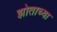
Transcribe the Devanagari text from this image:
झोताच्या